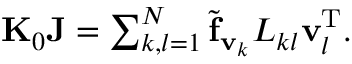
\begin{array} { r } { { \bf K } _ { 0 } { \bf J } = \sum _ { k , l = 1 } ^ { N } { \widetilde { \bf f } _ { { \bf v } _ { k } } } L _ { k l } { \bf v } _ { l } ^ { \mathrm { T } } . } \end{array}